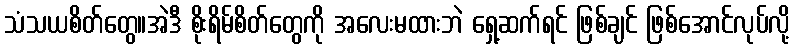
သံသယစိတ်တွေ။အဲဒီ စိုးရိမ်စိတ်တွေကို အလေးမထားဘဲ ရှေ့ဆက်ရင် ဖြစ်ချင် ဖြစ်အောင်လုပ်လို့